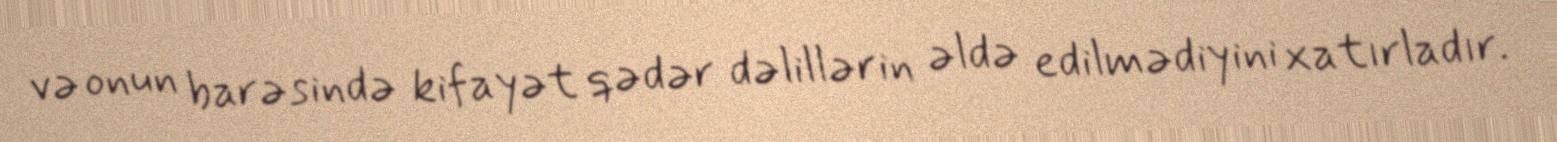
və onun barəsində kifayət qədər dəlillərin əldə edilmədiyini xatırladır.